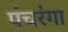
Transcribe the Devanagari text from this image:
पंचरंगा